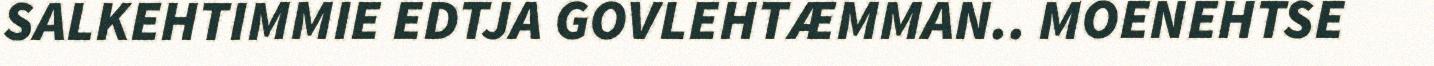
SALKEHTIMMIE EDTJA GOVLEHTÆMMAN.. MOENEHTSE